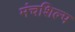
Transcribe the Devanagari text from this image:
मंचशिल्प